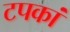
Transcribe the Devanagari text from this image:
टपकां